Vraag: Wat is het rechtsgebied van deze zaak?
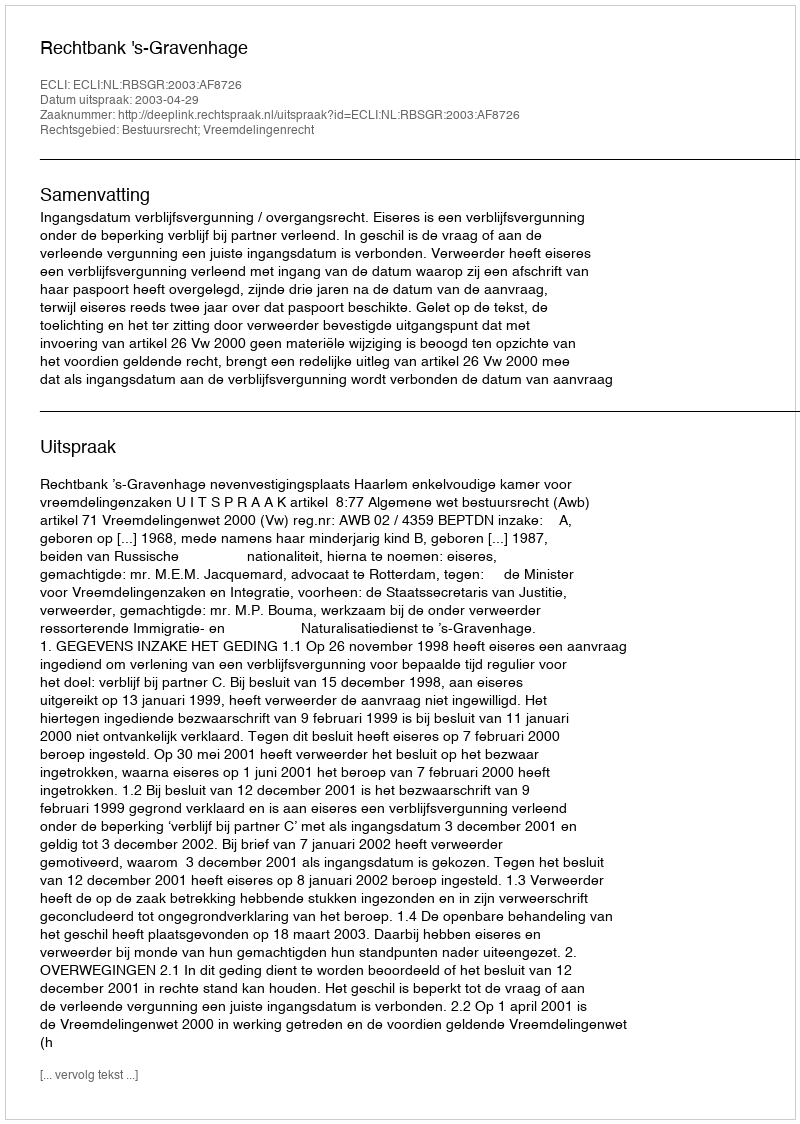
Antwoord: Bestuursrecht; Vreemdelingenrecht